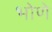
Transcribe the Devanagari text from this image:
भोणे